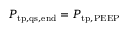
P _ { \mathrm { t p , q s , e n d } } = P _ { \mathrm { t p , P E E P } }